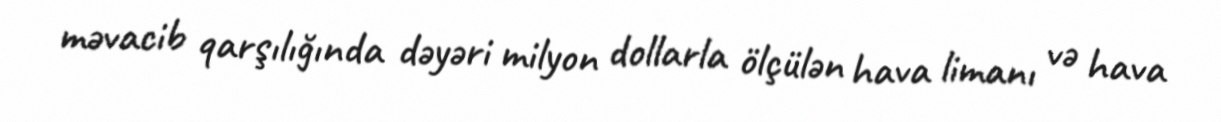
məvacib qarşılığında dəyəri milyon dollarla ölçülən hava limanı və hava